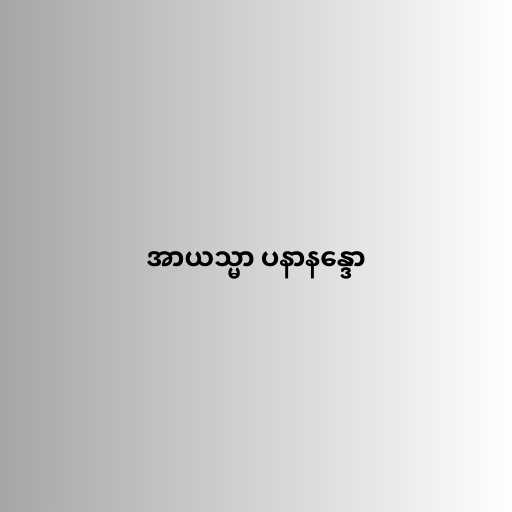
အာယသ္မာ ပနာနန္ဒော